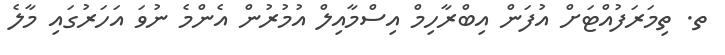
ތ. ތިމަރަފުއްޓަށް އުފަން އިބްރާހިމް އިސްމާއިލް އުމުރުން އެންމެ ނުވަ އަހަރުގައި މާލެ